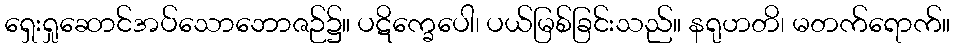
ရှေးရှုဆောင်အပ်သောဘောဇဉ်၌။ ပဋိက္ခေပေါ၊ ပယ်မြစ်ခြင်းသည်။ နရုဟတိ၊ မတက်ရောက်။